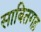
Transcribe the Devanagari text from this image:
साबितगढ़